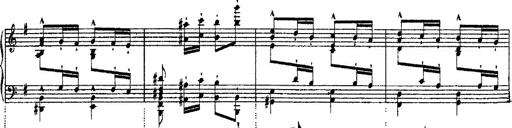
Title: Ã‰tudes d'exÃ©cution transcendante d'aprÃ¨s Paganini
Composer: Franz Liszt